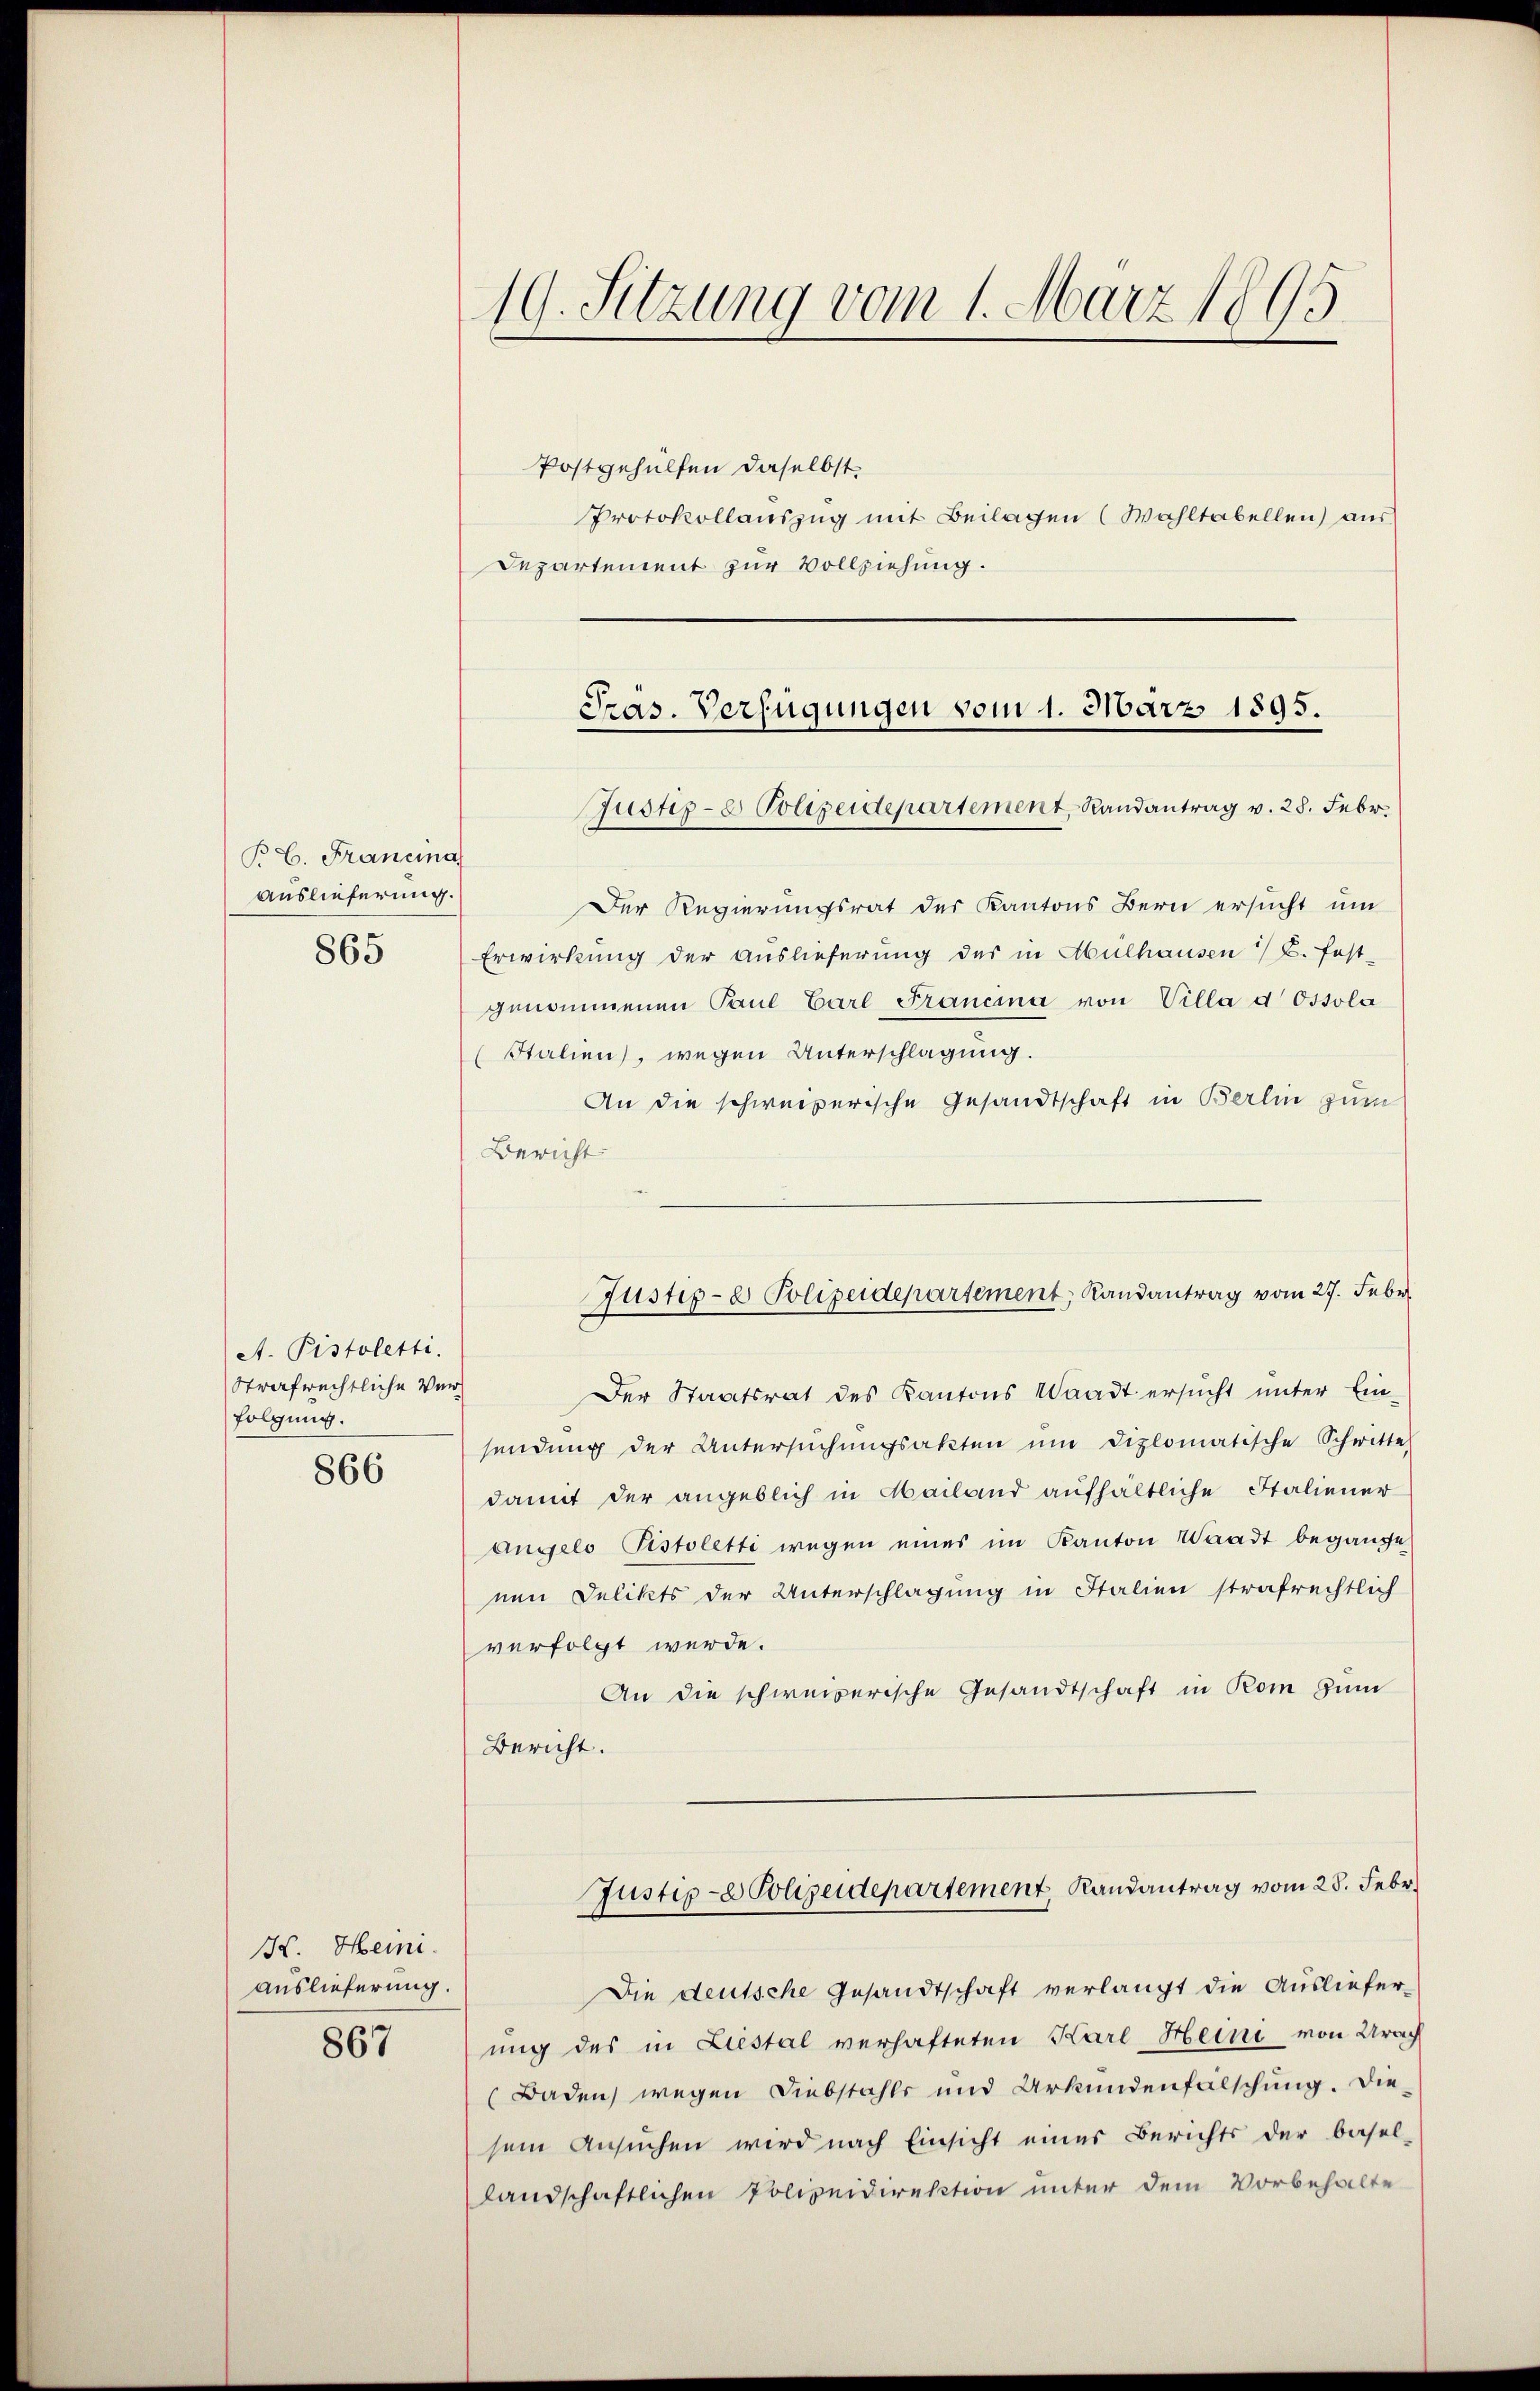
B. C. Francina
Auslieferung.
865

A. Pistoletti.
Strafrechtliche Verfolgung.
866

H. Heini
Auslieferung.
867

19. Sitzung vom 1. März 1895.

Postgehülfen daselbst,
Protokollauszug mit Beilagen (Wahltabellen) aus
Departement zur Vollziehung.

Pras. Verfügungen vom 1. März 1895.
Justiz- & Polizeidepartement, Randantrag v. 28. Febr.

Der Regierungsrat der Kantons Bern ersucht um
Erwirkung der Auslieferung des in Mülhausen / B. fest-
genommenen Paul Carl Francina von Villa d Ossola
(Stalien, wegen Unterschlagung.
An die schweizerische Gesandtschaft in Berlin zum
Bericht
Der Staatsrat des Kantons Waadt ersŭcht ŭnter Ein-
sendung der Untersŭchŭngsakten ŭm diplomatische Schwitte
damit der angeblich in Mailand aufhältliche Italiener
angelo Pistoletti wegen eines im Kanton Waadt begange
nen Delikts der Unterschlagung in Italien strafrechtlich
verfolgt werde.
An die schweizerische Gesandtschaft in Rom zŭm
Bericht.
Justip-e Polizeidepartement Randantrag vom 28. Febr.
Die deutsche Gesandtschaft verlangt die Ausliefer-
ung des in Liestal verhafteten Karl Heini von Urach
Baden, wegen Diebstahls und Urkundenfalschung. Diesem Ansuchen wird nach Einsicht eines Berichts der basel-
landschaftlichen Polizeidirektion unter dem Vorbehalte

Justiz- & Polizeidepartement, Randantrag vom 27. Febr.